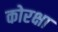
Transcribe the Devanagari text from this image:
कोरक्षा